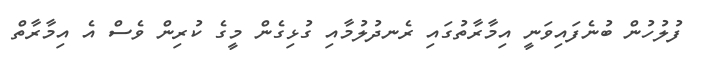
ފުލުހުން ބުނެފައިވަނީ އިމާރާތުގައި ރެނދުލުމާއި ގުޅިގެން މީގެ ކުރިން ވެސް އެ އިމާރާތް